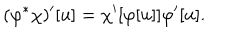
( \varphi ^ { * } \chi ) ^ { \prime } [ u ] = \chi ^ { \prime } [ \varphi [ u ] ] \varphi ^ { \prime } [ u ] .